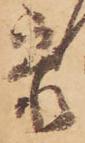
参